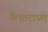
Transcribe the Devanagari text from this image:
पैलतटाप्रत